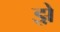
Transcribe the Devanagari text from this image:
झ़े